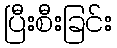
ပြီးစီးခြင်း